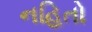
નહિતો